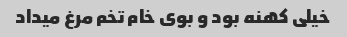
خیلی کهنه بود و بوی خام تخم مرغ میداد